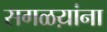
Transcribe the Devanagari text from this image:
सगळय़ांना